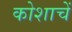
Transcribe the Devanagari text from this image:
कोशाचें